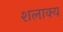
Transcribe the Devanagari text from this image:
शलाक्य